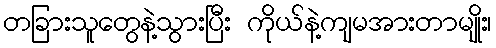
တခြားသူတွေနဲ့သွားပြီး ကိုယ်နဲ့ကျမအားတာမျိုး၊